Civil Veterinary Dept. North-West Frontier Province 1901-22 - 1901-1922
Year: 1901
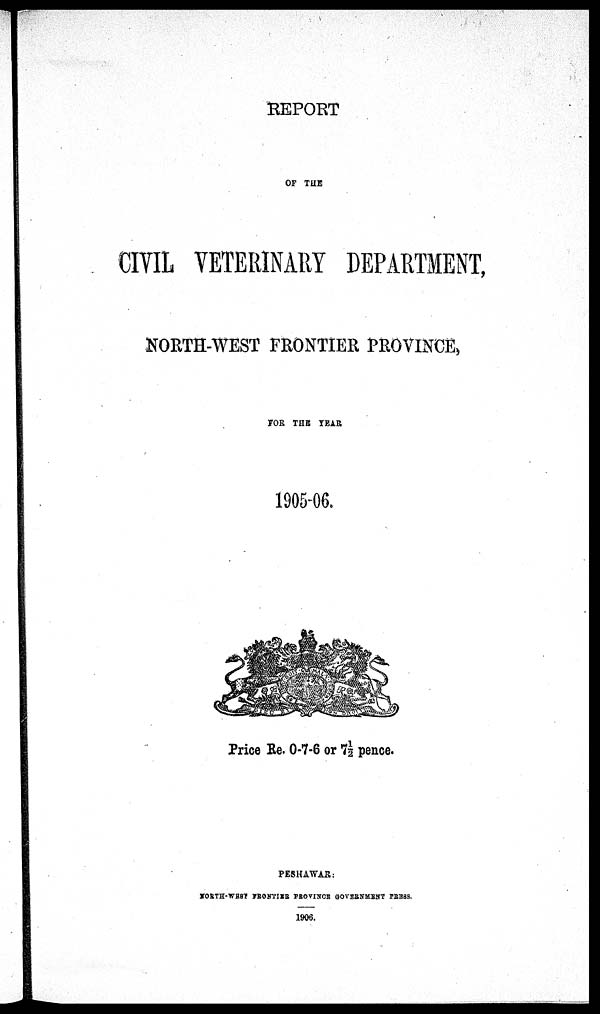
REPORT
OF THE
CIVIL VETERINARY DEPARTMENT,
NORTH-WEST FRONTIER PROVINCE,
FOR THE YEAR
1905-06.
Price Re. 0-7-6 or 7½ pence.
PESHAWAR:
NORTH-WEST FRONTIER PROVINCE GOVERNMENT PRESS.
1906.